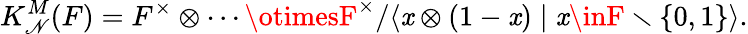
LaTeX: K_{\mathscr{N}}^{M}(F)=F^{\times}\otimes\cdots\otimesF^{\times}/\langle\mathit{x}\otimes(1-\mathit{x})\mid\mathit{x}\inF\smallsetminus\{ 0,1\} \rangle.